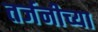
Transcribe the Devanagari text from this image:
तर्जनीच्या